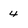
Character: 4